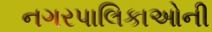
નગરપાલિકાઓની